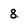
Character: 8